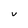
Character: V